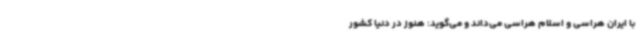
با ایران هراسی و اسلام هراسی می‌داند و می‌گوید: هنوز در دنیا کشور